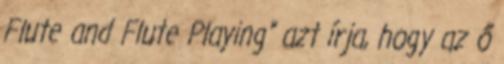
Flute and Flute Playing” azt írja, hogy az ő